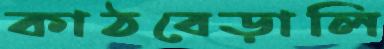
কাঠবেড়ালি